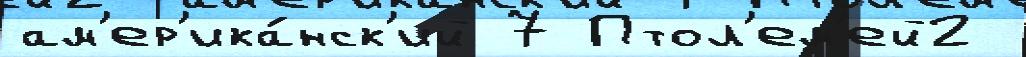
ам'ер'ика́нск'ий 7 Птол'ем'ей2